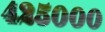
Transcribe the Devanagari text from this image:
४२५०००